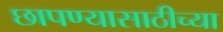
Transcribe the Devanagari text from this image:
छापण्यासाठीच्या